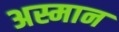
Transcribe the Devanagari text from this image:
अस्मान